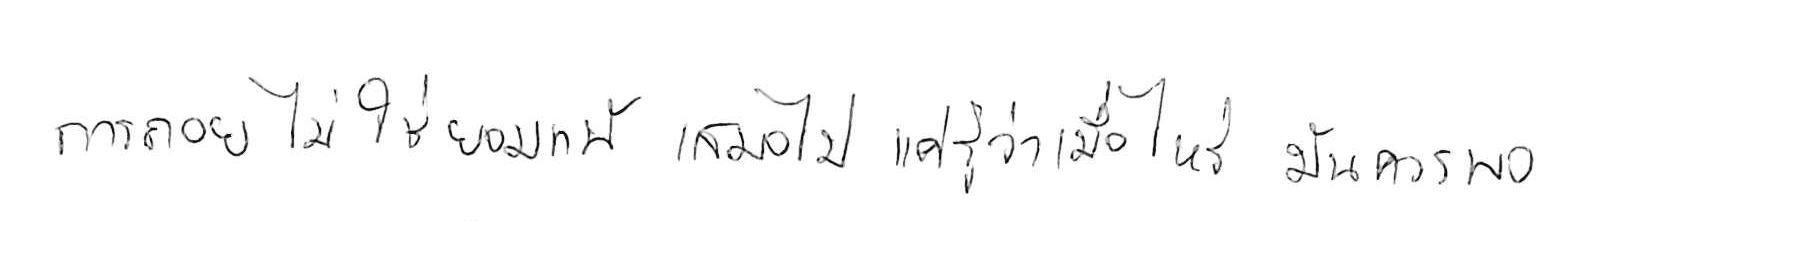
การถอย ไม่ใช่ยอมแพ้ เสมอไป แค่รู้ว่าเมื่อไหร่ มันควรพอ